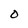
Character: O